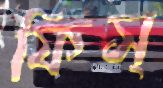
ফিস্